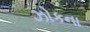
ઝોકના